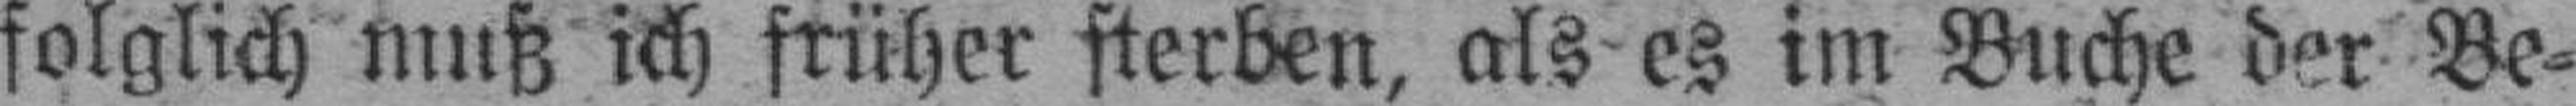
folglich muß ich früher sterben, als es im Bliche der Be¬